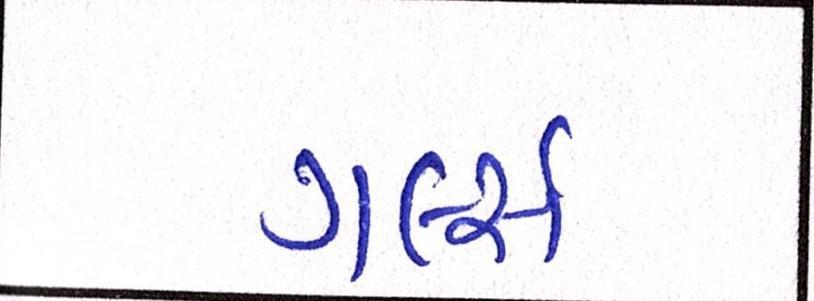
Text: ગર્લ્સ